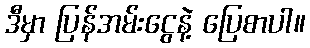
ဒီမှာ ပြန်အမ်းငွေနဲ့ ပြေစာပါ။